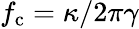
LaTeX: f_{\mathrm{c}}=\kappa/2\pi\gamma